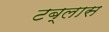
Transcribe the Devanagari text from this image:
टब्लास